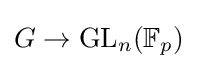
G\to \operatorname {GL} _{n}(\mathbb {F} _{p})